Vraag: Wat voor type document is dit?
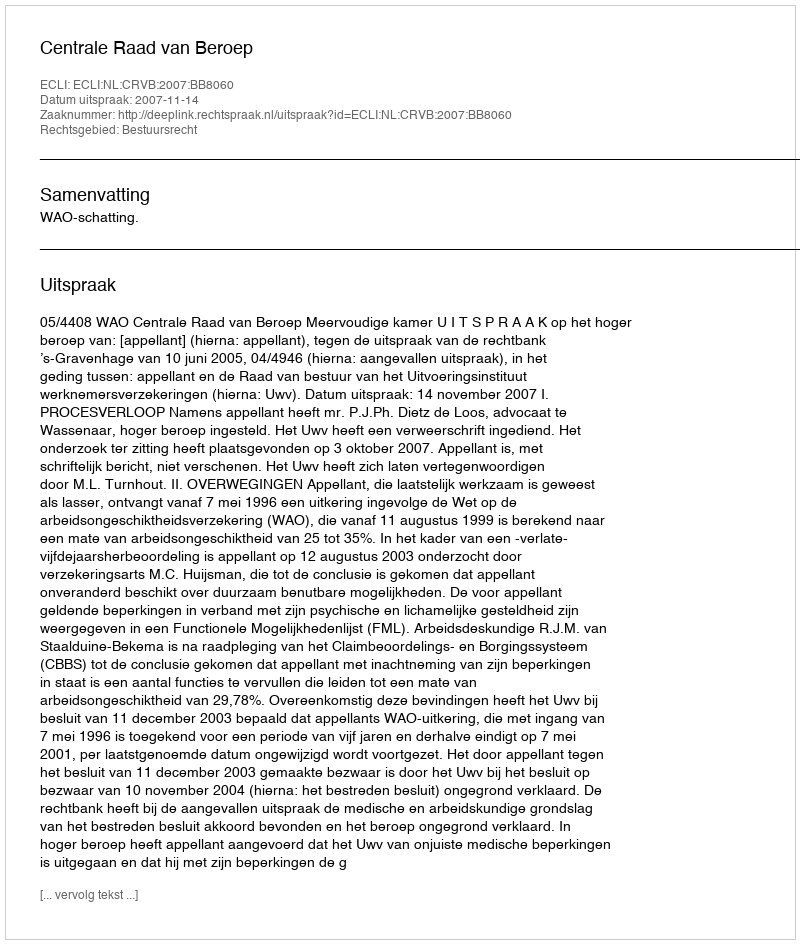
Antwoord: Uitspraak